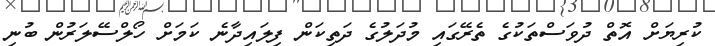
ކުރިޔަށް އޮތް ދުވަސްތަކުގެ ތެރޭގައި މުދަލުގެ ދަތިކަން ފިލައިދާނެ ކަމަށް ހޯލްސޭލަރުން ބުނި